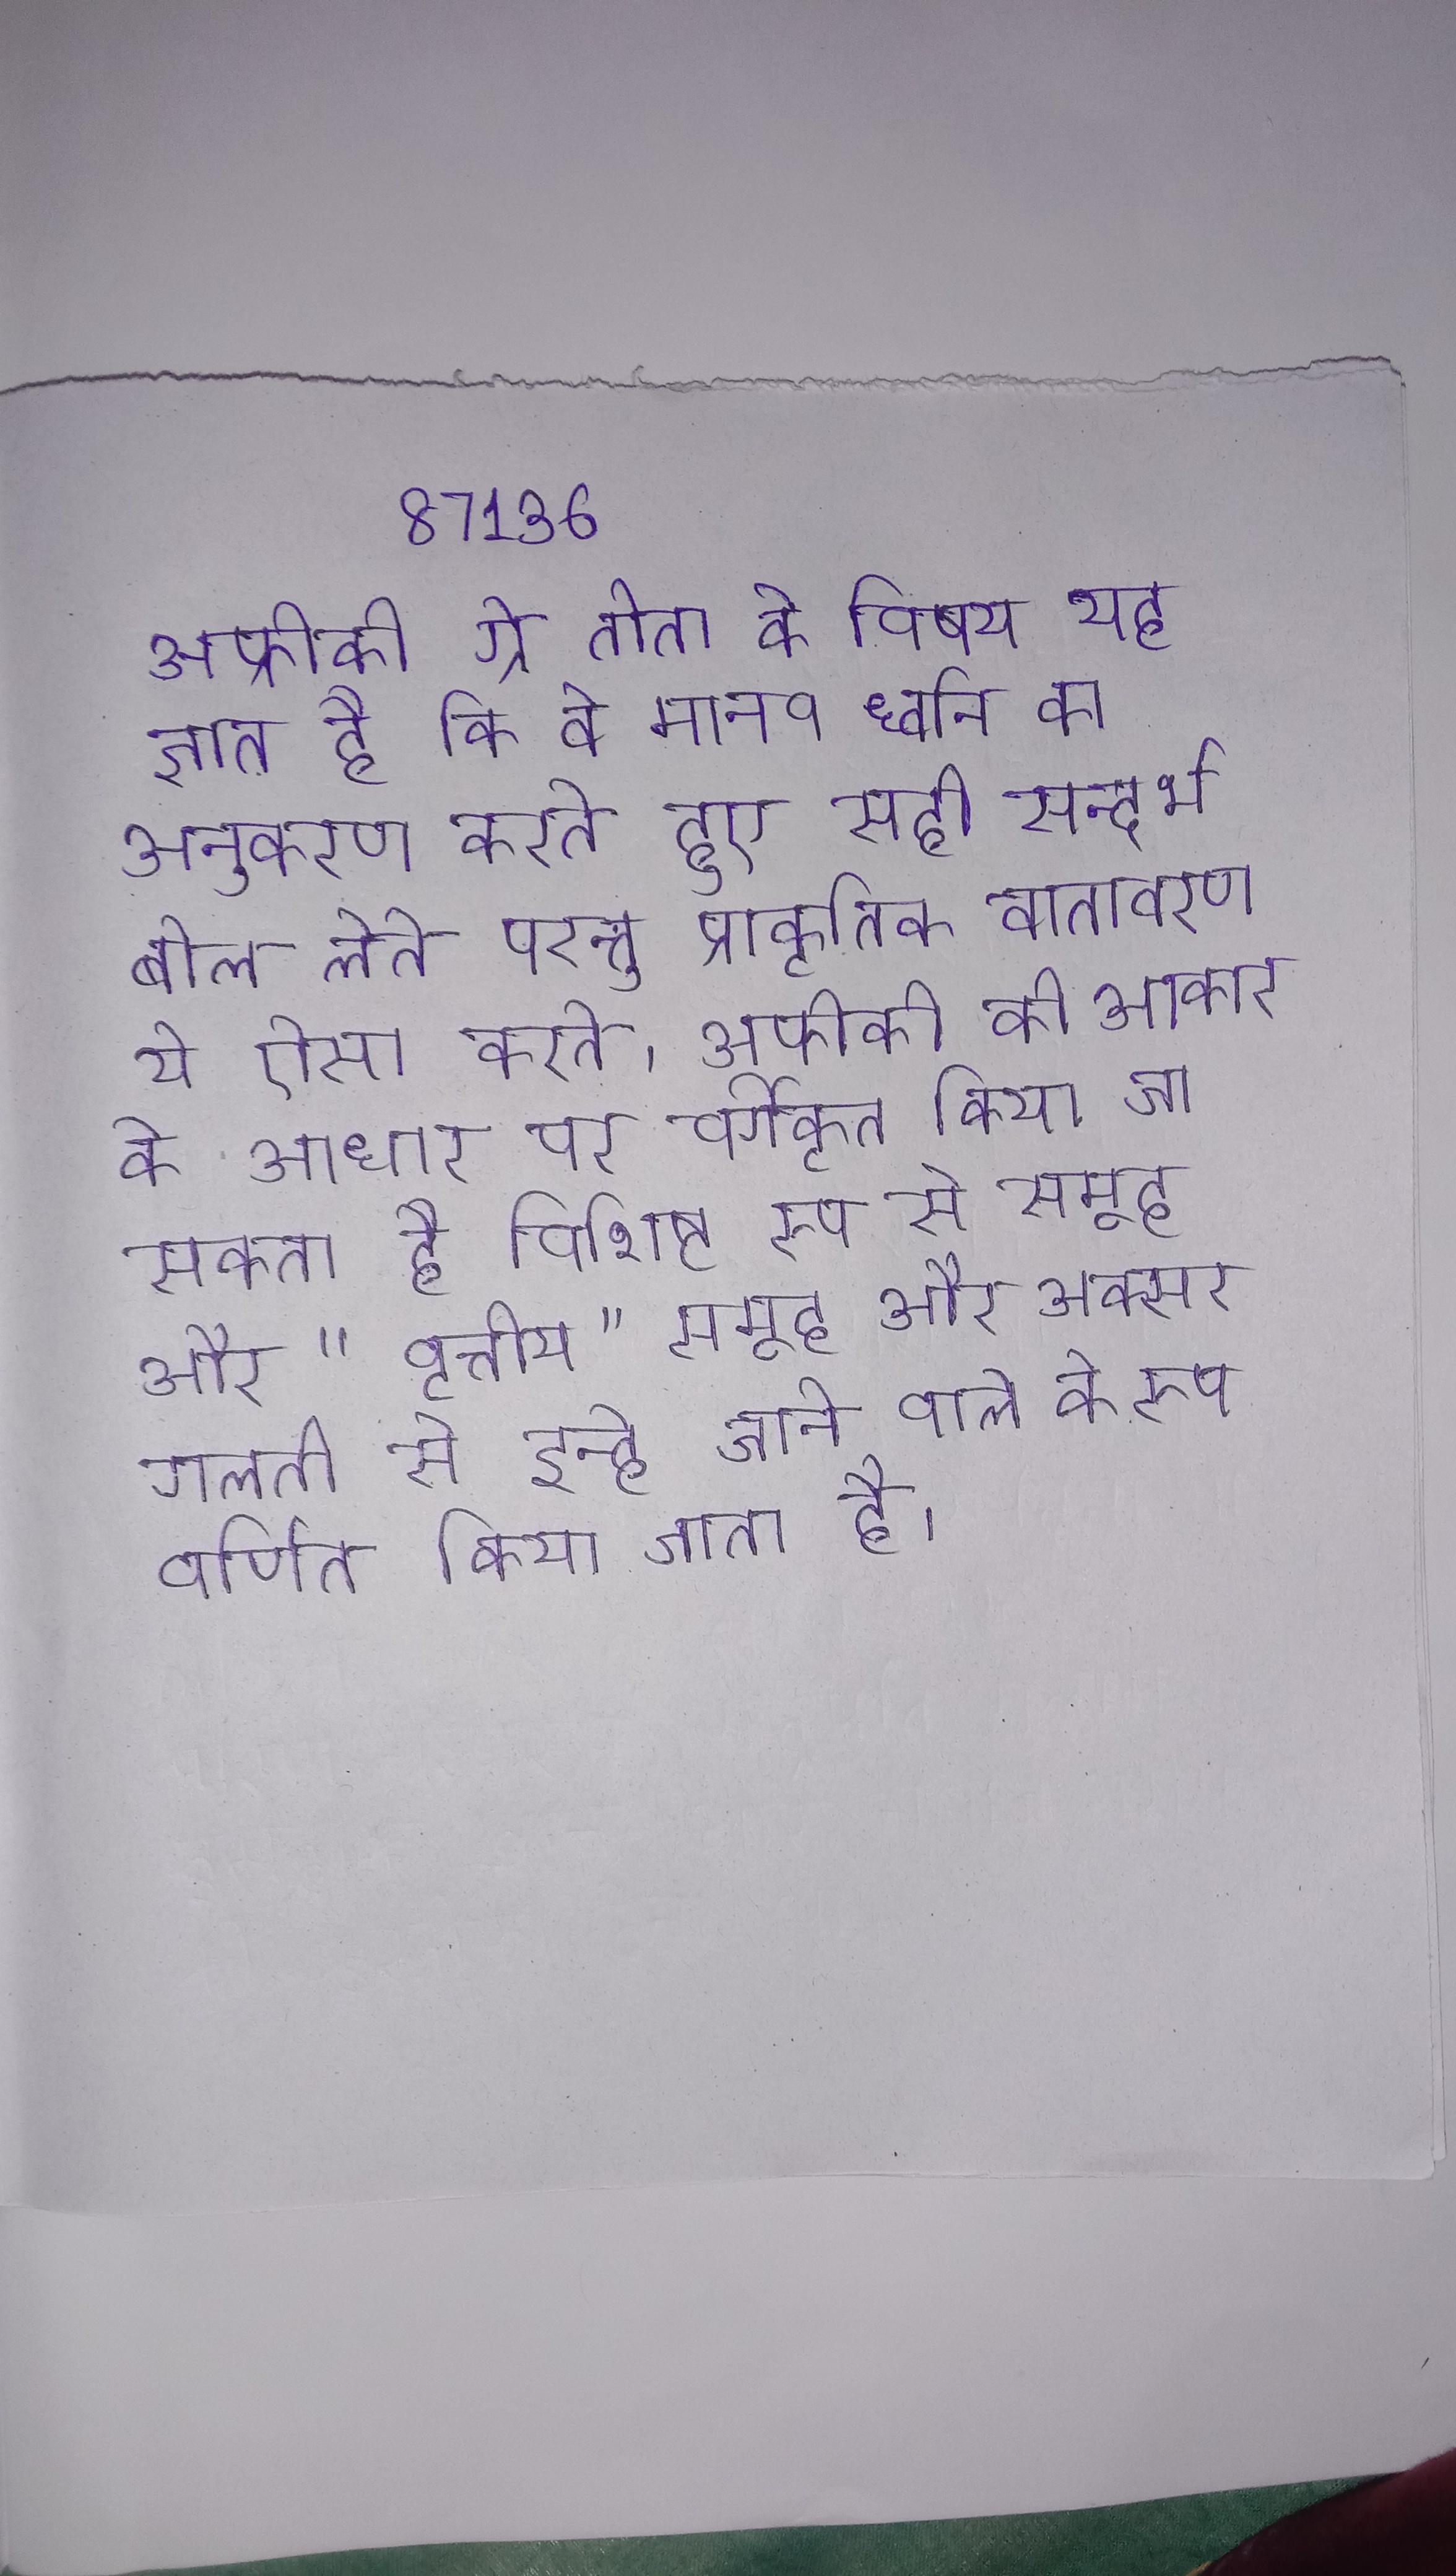
अफ्रीकी ग्रे तोता के विषय यह ज्ञात है कि वे मानव ध्वनि का अनुकरण करते हुए सही सन्दर्भ बोल लेते परन्तु प्राकृतिक वातावरण ये ऐसा करते । अफ्रीकी को आकार के आधार पर वर्गीकृत किया जा सकता है विशिष्ट रूप से समूह और "वृत्तीय" समूह और अक्सर गलती से इन्हे जाने वाले के रूप वर्णित किया जाता है ।